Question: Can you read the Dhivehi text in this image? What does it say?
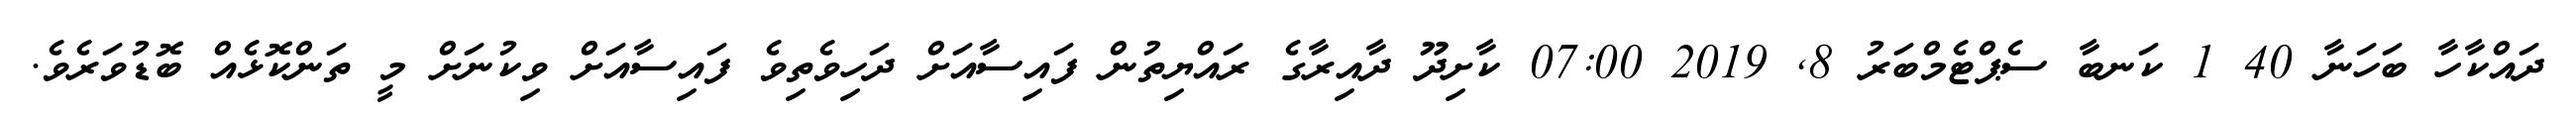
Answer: ދައްކާހާ ބަހަނާ 40 1 ކަނބާ ސެޕްޓެމްބަރު 8, 2019 07:00 ކާށިދޫ ދާއިރާގެ ރައްޔިތުން ފައިސާއަށް ދަހިވެތިވެ ފައިސާއަށް ވިކުނަށް މީ ތަންކޮޅެއް ބޮޑުވަރެވެ.